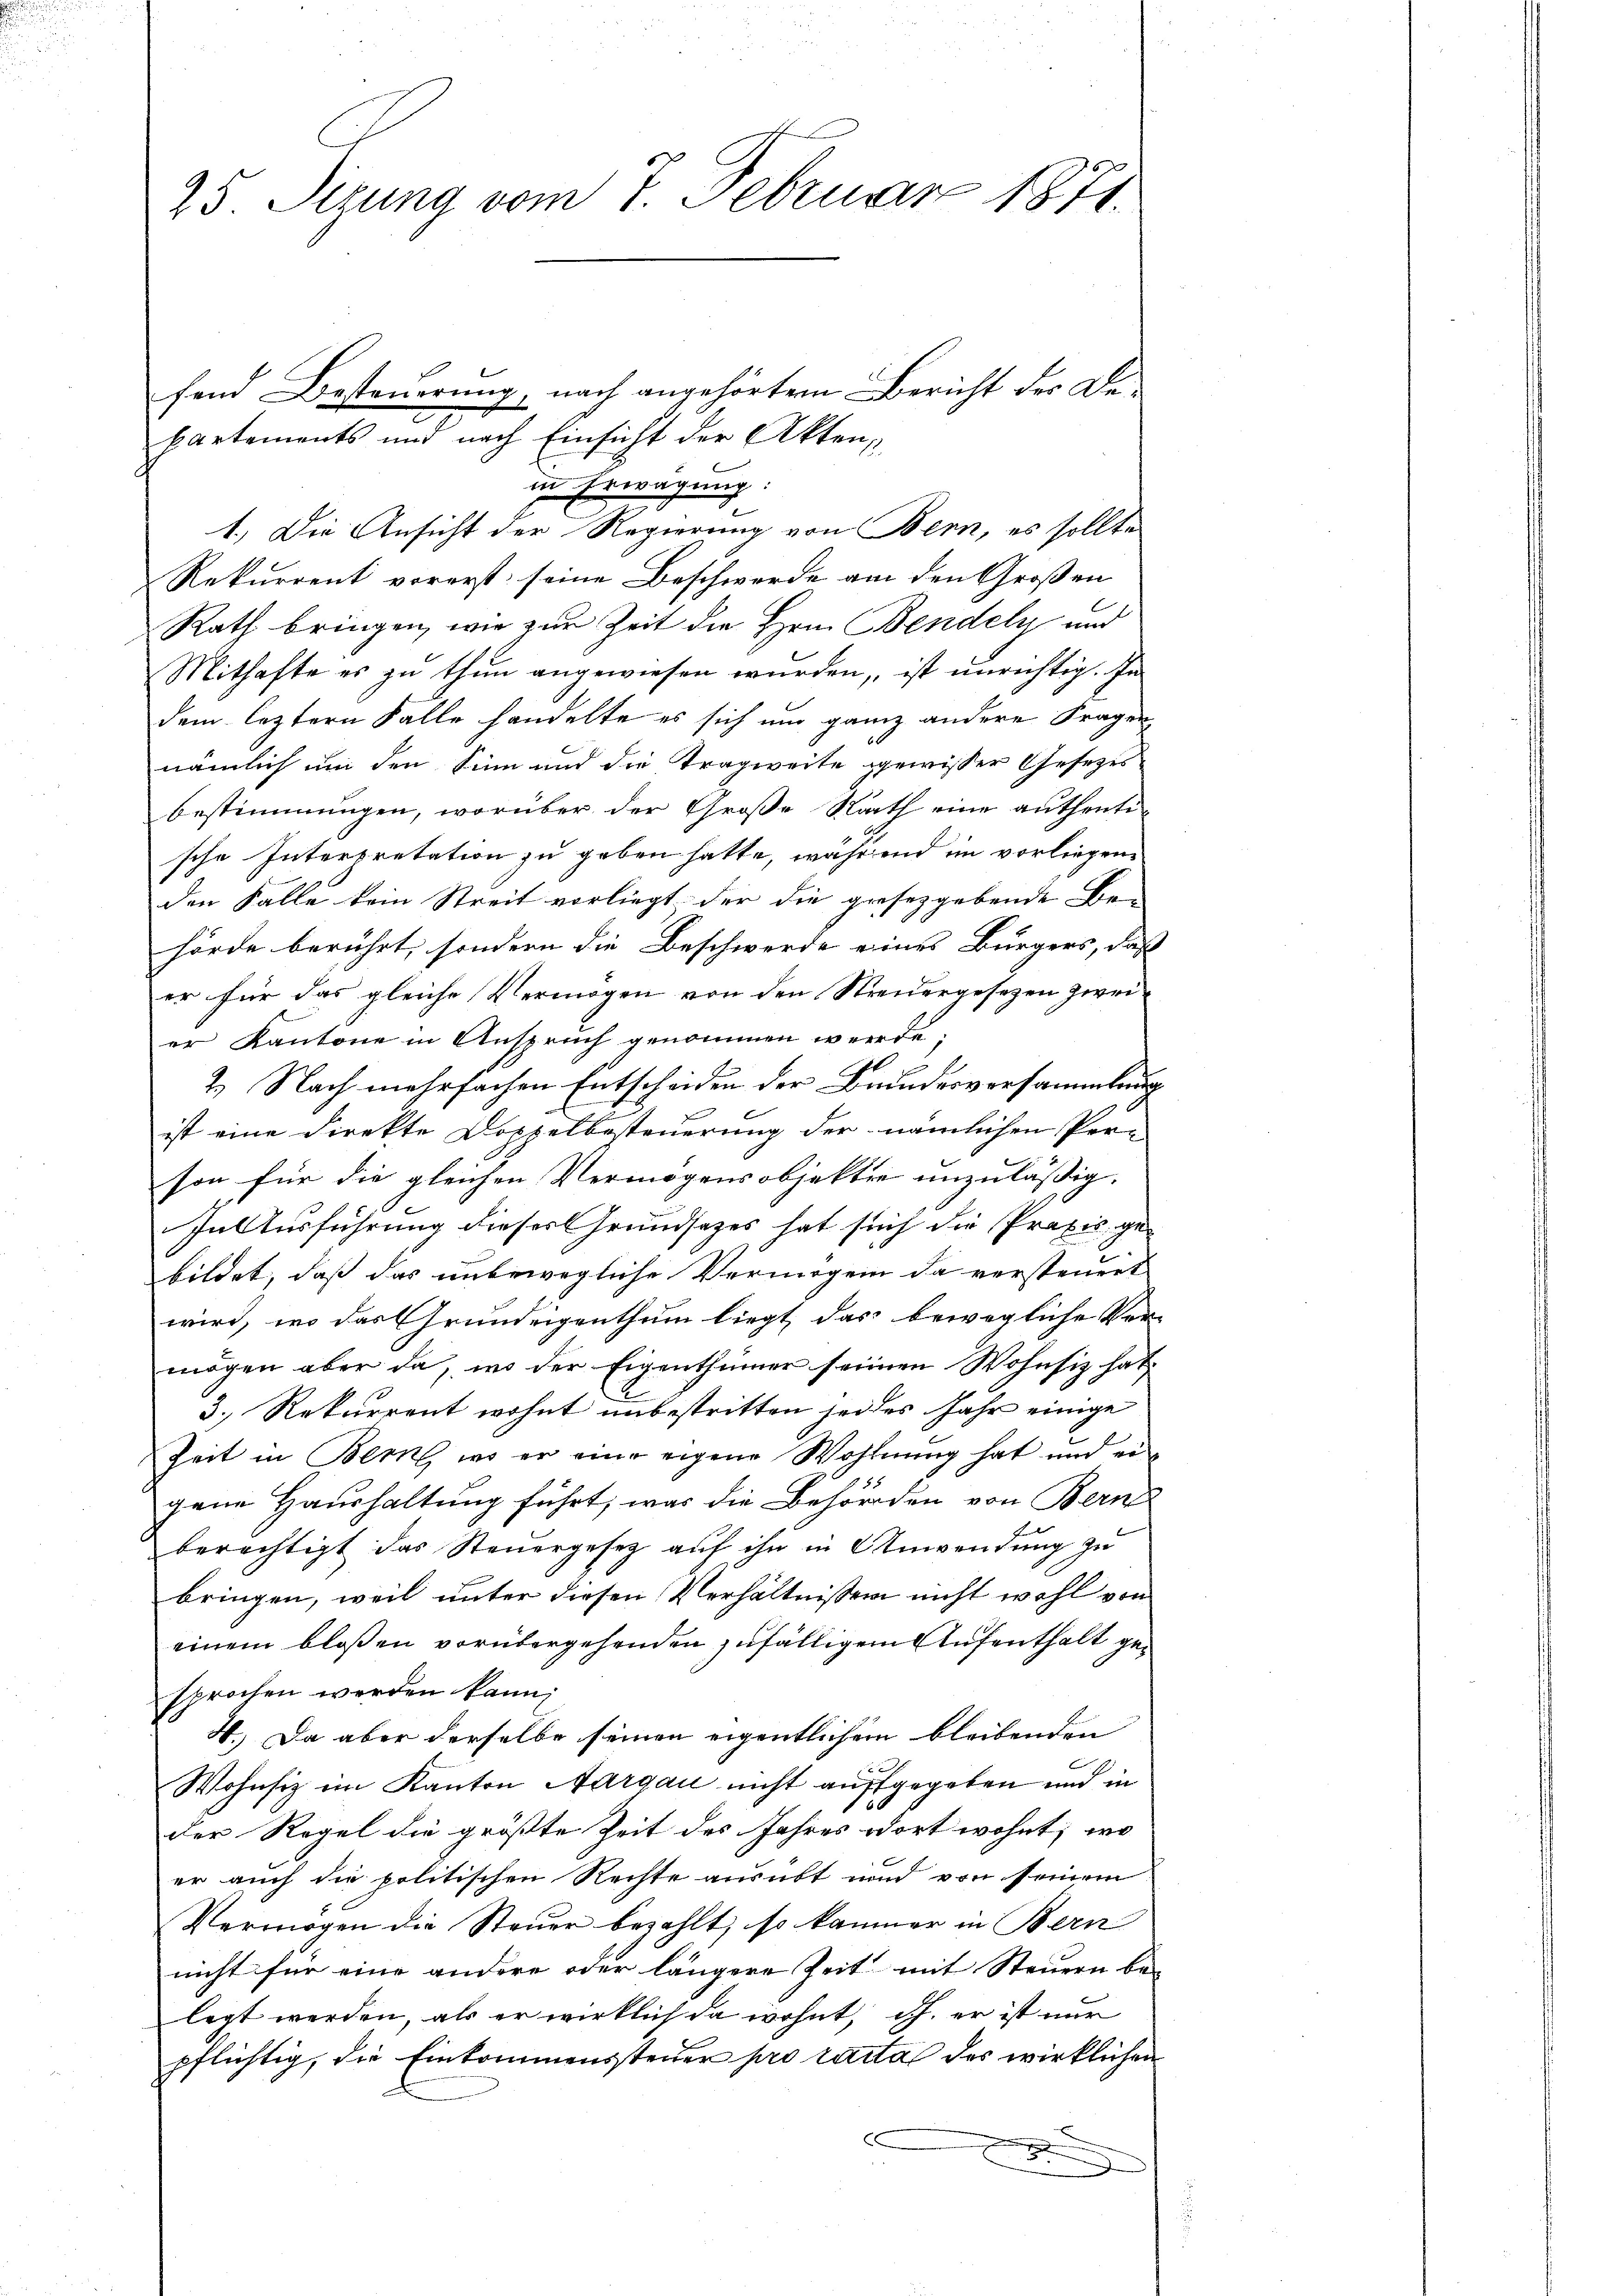
25. Sizung vom 7. Februar 1871.

Rekurrent vorerst seine Beschwerde an den Großen
Rath bringen, wie zur Zeit die Hrn. Bendely und
Mithafte es zu thun angewiesen wurden, ist unrichtig. In
dem letztern Falle handelte es sich um ganz andere Fragen
nämlich um den Sinn und die Tragweite gewisser Gesezesbestimmungen, worüber der Große Rath eine authentische Interpretation zu geben hatte, während im vorliegen
den Falle kein Streit vorliegt der die gesezgebende Be-
hörde berührt, sondern die Beschwerde eines Bürgers, daß
er für das gleiche Vermögen von den Streuergesezen zweier Kantone in Anspruch genommen werde;
2. Nach mehrfachen Entscheiden der Bundesversammlung
ist eine Direkte Doppelbesteuerung der nämlichen Per-
son für die gleichen Vermögensobjekte unzulässig.
In Ausführung dieser Grundsatzes hat sich die Praxis ge-
bildet, daß das unbewegliche Vermögen da versteuert
wird, wo das Grundeigenthum liegt, das bewegliche Ver-
mögen aber da, wo der Eigenthümer seinen Wohnsiz hat,
3. Rekurrent wohnt unbestritten jedes Jahr einige
Zeit in Bern, wo er eine eigene Wohnung hat und ei
gene Haushaltung führt, was die Behörden von Berne
berechtigt das Steuergesetz auf ihn in Anwendung zu
bringen, weil unter diesen Verhältnissen nicht wohl von
einem bloßen vorübergehenden zufälligem Aufenthalt gesprochen werden kann;
H. Da aber derselbe seinen eigentlichem bleibenden
Wohnsiz im Kanton Aargau nicht aufgegeben und in
der Regel die größte Zeit des Jahres dort wohnt, wo
er auch die politischen Rechte ausübt und von seinem
Vermögen die Steuer bezahlt, so kammer in Bern
nicht für eine andere oder längere Zeit mit Steuern be-
legt werden, als er wirklich da wohnt, d.h. er ist nur
pflichtig, die Einkommenssteŭer pro cartal des wirklichen
c
x

fend Besteuerung, nach angehörtem Bericht der Departements und nach Einsicht der Akten,
in Erwägung:
1.) Die Ansicht der Regierung von Bern, es sollte